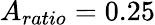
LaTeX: A_{ratio}=0.25